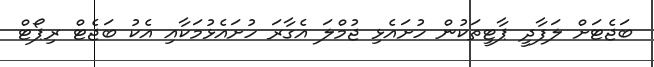
ބަޖެޓަށް ލަފާދީ ޕާޓީތަކުން ހުށައެޅި ޖުމްލަ އެގާރަ ހުށައެޅުމަކާއި އެކު ބަޖެޓް ރިޕޯޓް